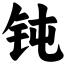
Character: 钝